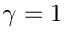
\gamma = 1